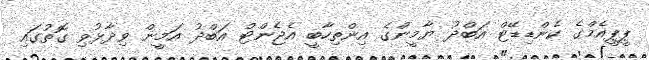
ޕީޕީއެމްގެ ކެންޑިޑޭޓް އަބްދު ޔާމީންގެ އިންތިހާބީ އެޖެންޓް އަބްދު އަމީން ވިދާޅުވި ގޮތުގައި